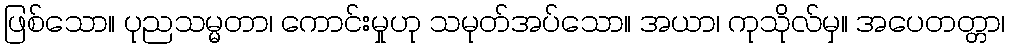
ဖြစ်သော။ ပုညသမ္မတာ၊ ကောင်းမှုဟု သမုတ်အပ်သော။ အယာ၊ ကုသိုလ်မှ။ အပေတတ္တာ၊